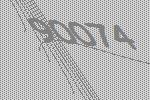
90074